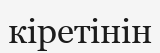
кіретінін